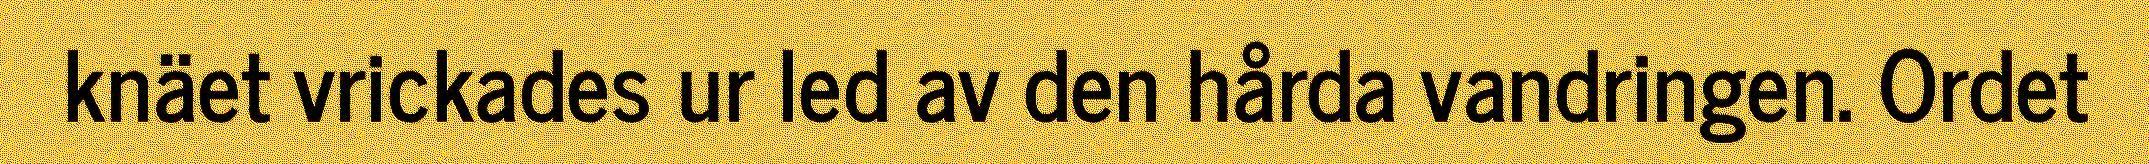
knäet vrickades ur led av den hårda vandringen. Ordet